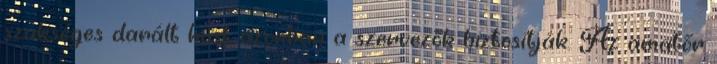
szükséges darált húst azonban a szervezők biztosítják. Az amatőr